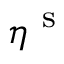
\eta ^ { \mathrm { ~ s ~ } }